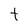
Character: t